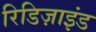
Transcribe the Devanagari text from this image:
रिडिज़ाइंड